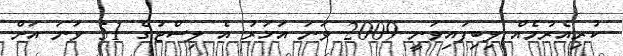
ކުރިއެރުމެއް ލިބިފައިވަނީ 2009 ވަނަ އަހަރު އެ ލިސްޓުގެ 51 ވަނަ އަށް